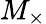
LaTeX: M_{\times}